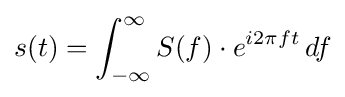
s(t)=\int _{-\infty }^{\infty }S(f)\cdot e^{i2\pi ft}\,df